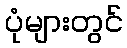
ပုံများတွင်